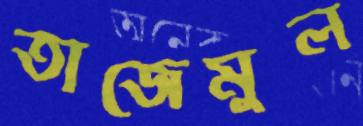
তাজেমুল